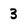
Character: 3